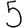
Digit: 5